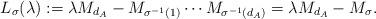
LaTeX: \begin{align*}L_{\sigma}(\lambda) := \lambda M_{d_A}- M_{\sigma^{-1} (1)}\cdots M_{\sigma^{-1} (d_A)} = \lambda M_{d_A}- M_{\sigma}. \end{align*}